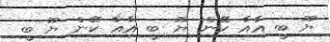
ޔޫ ބީ އާއާ ކޭން ޔޫ ބީ އާއާ ކޭން ޔޫ ބީ